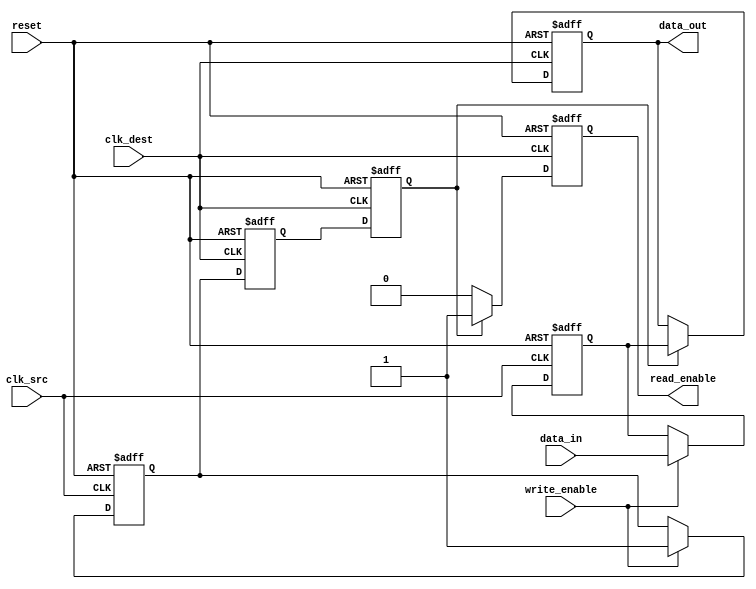
module MemoryBlocksHandshakeSynchronizer (
    input wire clk_src,        // Clock for the source domain
    input wire clk_dest,       // Clock for the destination domain
    input wire reset,          // Asynchronous reset
    input wire [7:0] data_in,  // Data input from the source domain (8-bit example)
    input wire write_enable,    // Write enable signal to indicate valid data
    output reg [7:0] data_out,  // Synchronized data output
    output reg read_enable       // Read enable signal indicating data is ready
);

// Internal signals
reg [7:0] data_latched;            // Data latched from source
reg data_ready;                    // Signal to indicate data is ready to read
reg ack;                           // Acknowledgment signal
reg data_ready_sync_1, data_ready_sync_2; // Synchronizers for data_ready
reg ack_sync_1, ack_sync_2;      // Synchronizers for ack

// Capture data on source clock
always @(posedge clk_src or posedge reset) begin
    if (reset) begin
        data_latched <= 8'b0;
        data_ready <= 1'b0;
    end else if (write_enable) begin
        data_latched <= data_in;   // Latch data
        data_ready <= 1'b1;         // Indicate data is ready
    end
end

// Synchronize the data_ready signal to the destination clock domain
always @(posedge clk_dest or posedge reset) begin
    if (reset) begin
        data_ready_sync_1 <= 1'b0;
        data_ready_sync_2 <= 1'b0;
    end else begin
        data_ready_sync_1 <= data_ready; // First stage of synchronization
        data_ready_sync_2 <= data_ready_sync_1; // Second stage of synchronization
    end
end

// Manage the handshake and data transfer in destination clock domain
always @(posedge clk_dest or posedge reset) begin
    if (reset) begin
        data_out <= 8'b0;
        read_enable <= 1'b0;
        ack <= 1'b0;
    end else begin
        if (data_ready_sync_2) begin
            data_out <= data_latched; // Transfer the latched data
            read_enable <= 1'b1;      // Indicate data is ready to read
            ack <= 1'b1;              // Assert ack signal
        end else begin
            read_enable <= 1'b0;      // Clear read enable when no data
            ack <= 1'b0;              // Clear ack when data is not ready
        end
    end
end

// Synchronize the ack signal back to the source clock domain (optional)
always @(posedge clk_src or posedge reset) begin
    if (reset) begin
        ack_sync_1 <= 1'b0;
        ack_sync_2 <= 1'b0;
    end else begin
        ack_sync_1 <= ack;          // First stage of synchronization for ack
        ack_sync_2 <= ack_sync_1;   // Second stage of synchronization for ack
    end
end

endmodule